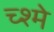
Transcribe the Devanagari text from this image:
च्श्मे